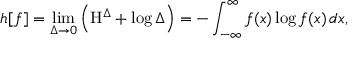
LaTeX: h [ f ] = \operatorname* { l i m } _ { \Delta \to 0 } \left( \mathrm { H } ^ { \Delta } + \log \Delta \right) = - \int _ { - \infty } ^ { \infty } f ( x ) \log f ( x ) \, d x ,